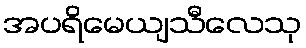
အပရိမေယျသီလေသု